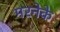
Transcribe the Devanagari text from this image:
मरनेके